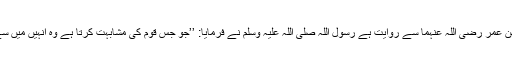
عبد اللہ بن عمر رضی اللہ عنہما سے روایت ہے رسول اللہ صلی اللہ علیہ وسلم نے فرمایا: ’’جو جس قوم کی مشابہت کرتا ہے وہ انہیں میں سے ہے‘‘۔